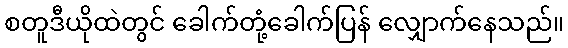
စတူဒီယိုထဲတွင် ခေါက်တုံ့ခေါက်ပြန် လျှောက်နေသည်။